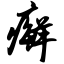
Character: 癣